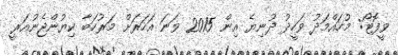
ވީފޮޓޯ: މުހައްމަދު ވަހީދު ދުނިޔެ އިން 2015 ވަނަ އަހަރަށް މަރުހަބާ ކިޔުންޖެނުއަރީ